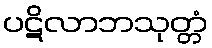
ပဋိလာဘသုတ္တံ